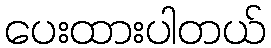
ပေးထားပါတယ်